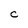
Character: C